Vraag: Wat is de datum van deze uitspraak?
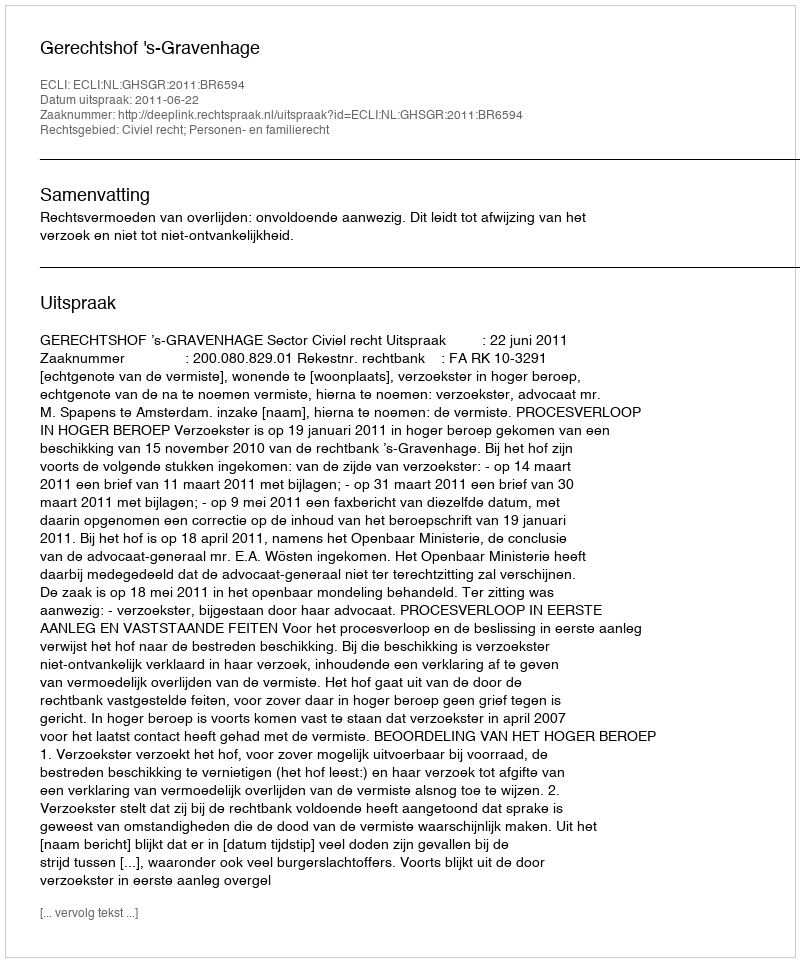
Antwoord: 2011-06-22